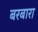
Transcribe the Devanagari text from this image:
बरबारा